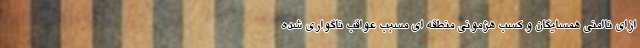
ازای ناامنی همسایگان و کسب هژمونی منطقه ای مسبب عواقب ناگواری شده